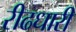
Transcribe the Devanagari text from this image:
रीढधारी